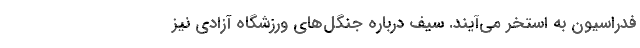
فدراسیون به استخر می‌‌آیند. سیف درباره جنگل‌های ورزشگاه آزادی نیز